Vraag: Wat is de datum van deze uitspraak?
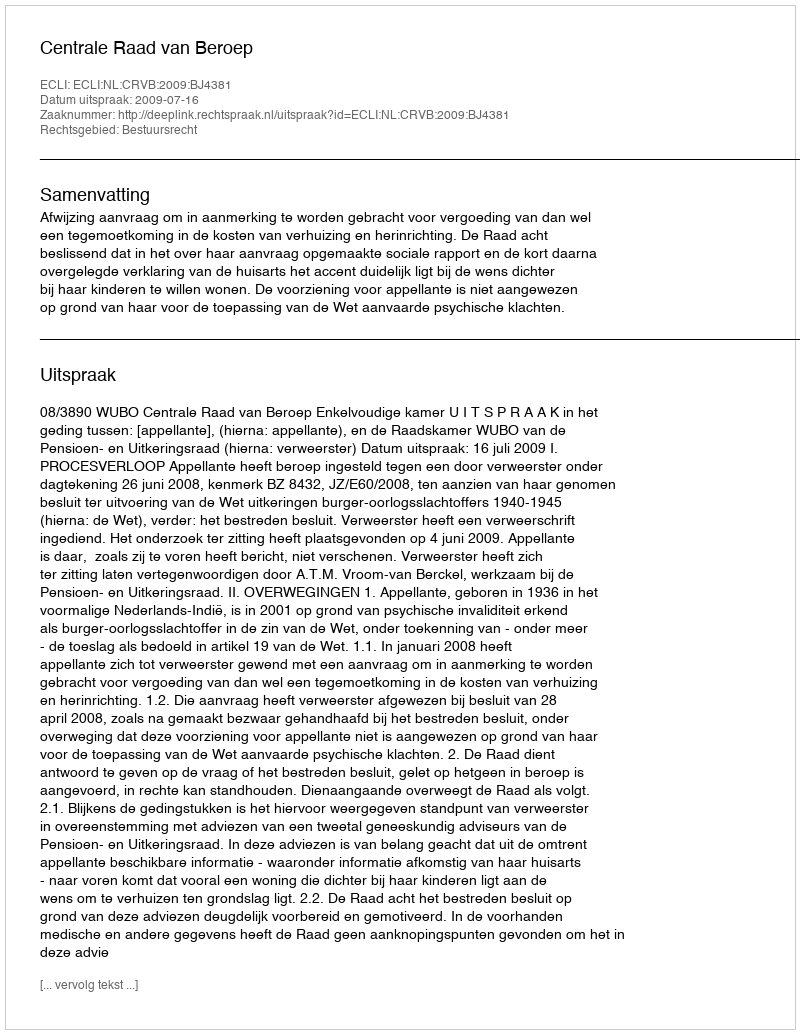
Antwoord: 2009-07-16